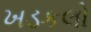
ખડકલો